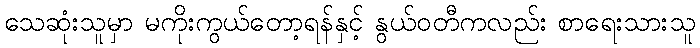
သေဆုံးသူမှာ မကိုးကွယ်တော့ရန်နှင့် နွယ်ဝတီကလည်း စာရေးသားသူ